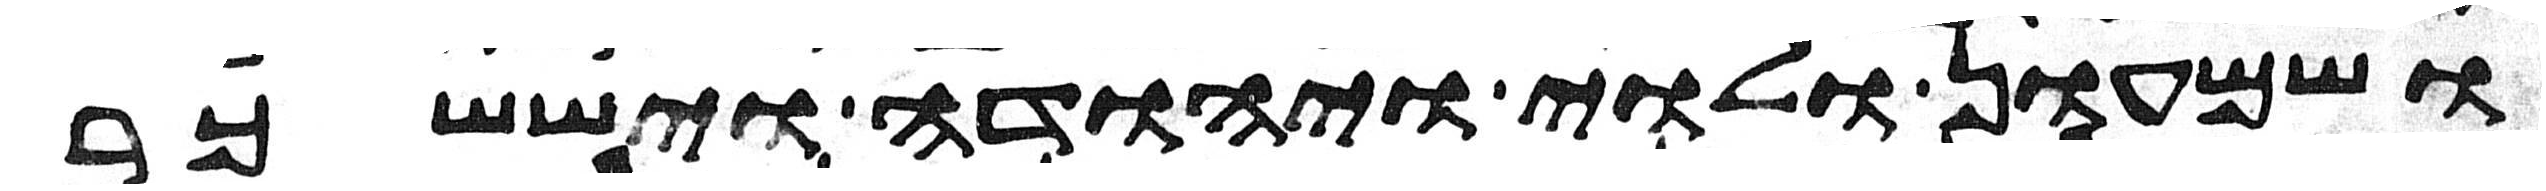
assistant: ושמעון ולוי ויהודה ויששכר